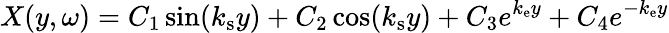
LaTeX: X(y,\omega)=C_{1}\sin(k_{\mathrm{s}}y)+C_{2}\cos(k_{\mathrm{s}}y)+C_{3}e^{k_{\mathrm{e}}y}+C_{4}e^{-k_{\mathrm{e}}y}